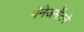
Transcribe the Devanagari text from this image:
मॅनेजमेंटने